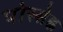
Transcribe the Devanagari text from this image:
पोस्सेह्ल